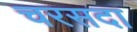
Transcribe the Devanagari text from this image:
चरसदा